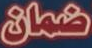
ضمان